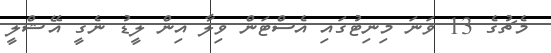
މެޗުގެ 13 ވަނަ މިނިޓުގައި އެސްޓަން ވިލާ އިން ލީޑު ނެގީ އޭޝްލީ